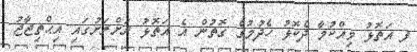
ފ އަތޮޅު ވިއްކުމާ ދެކޮޅު ހެދުމުގެ ގޮތުން އެ އަތޮޅު ރަށްރަށުގައި އިޙްތިޖާޖު